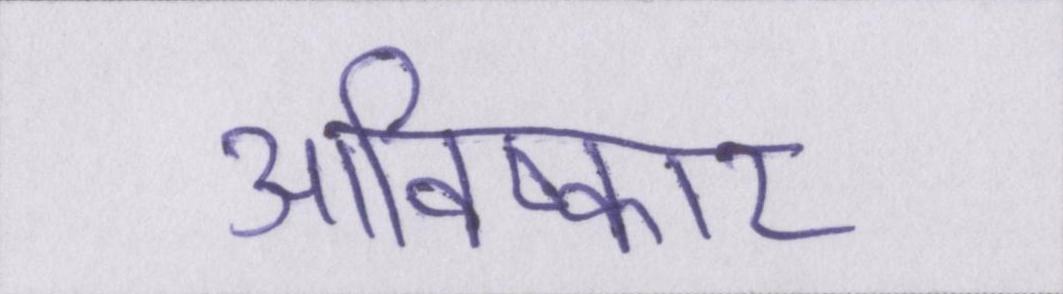
आविष्कार